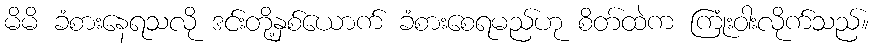
မိမိ ခံစားနေရသလို ဒင်းတို့နှစ်ယောက် ခံစားစေရမည်ဟု စိတ်ထဲက ကြုံးဝါးလိုက်သည်။